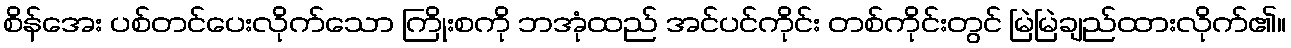
စိန်အေး ပစ်တင်ပေးလိုက်သော ကြိုးစကို ဘအုံထည် အင်ပင်ကိုင်း တစ်ကိုင်းတွင် မြဲမြဲချည်ထားလိုက်၏။